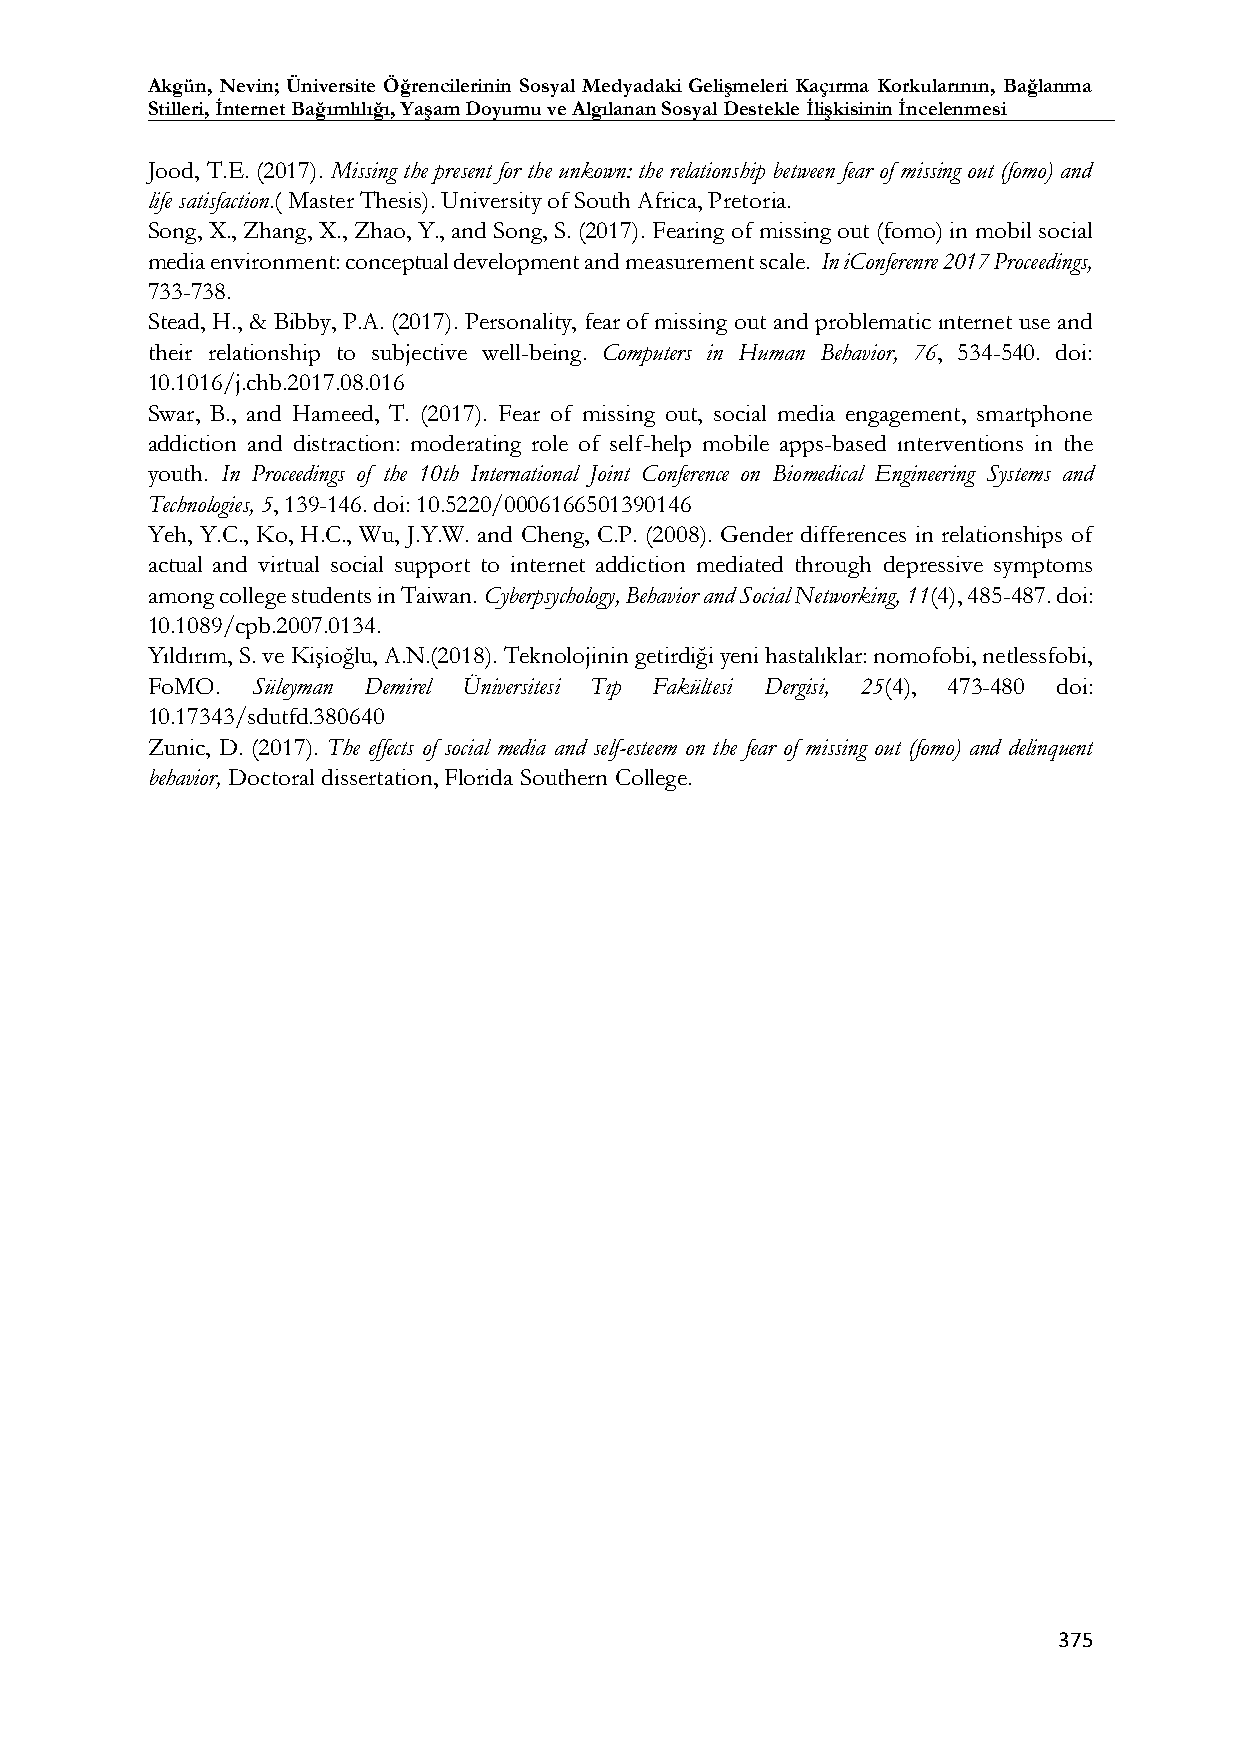
Akgün, Nevin; Üniversite Öğrencilerinin Sosyal Medyadaki Gelişmeleri Kaçırma Korkularının, Bağlanma
 Stilleri, İnternet Bağımlılığı, Yaşam Doyumu ve Algılanan Sosyal Destekle İlişkisinin İncelenmesi
 Jood, T.E. (2017). Missing the present for the unkown: the relationship between fear of missing out (fomo) and
 life satisfaction.( Master Thesis). University of South Africa, Pretoria.
 Song, X., Zhang, X., Zhao, Y., and Song, S. (2017). Fearing of missing out (fomo) in mobil social
 media environment: conceptual development and measurement scale. In iConferenre 2017 Proceedings,
 733-738.
 Stead, H., & Bibby, P.A. (2017). Personality, fear of missing out and problematic ınternet use and
 their relationship to subjective well-being. Computers in Human Behavior, 76, 534-540. doi:
 10.1016/j.chb.2017.08.016
 Swar, B., and Hameed, T. (2017). Fear of missing out, social media engagement, smartphone
 addiction and distraction: moderating role of self-help mobile apps-based ınterventions in the
 youth. In Proceedings of the 10th International Joint Conference on Biomedical Engineering Systems and
 Technologies, 5, 139-146. doi: 10.5220/0006166501390146
 Yeh, Y.C., Ko, H.C., Wu, J.Y.W. and Cheng, C.P. (2008). Gender differences in relationships of
 actual and virtual social support to internet addiction mediated through depressive symptoms
 among college students in Taiwan. Cyberpsychology, Behavior and Social Networking, 11(4), 485-487. doi:
 10.1089/cpb.2007.0134.
 Yıldırım, S. ve Kişioğlu, A.N.(2018). Teknolojinin getirdiği yeni hastalıklar: nomofobi, netlessfobi,
 FoMO.  Süleyman Demirel Üniversitesi Tıp Fakültesi Dergisi, 25(4), 473-480 doi:
 10.17343/sdutfd.380640
 Zunic, D. (2017). The effects of social media and self-esteem on the fear of missing out (fomo) and delinquent
 behavior, Doctoral dissertation, Florida Southern College.
 375